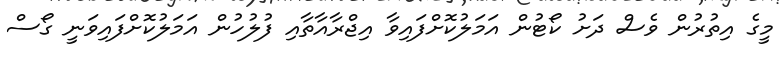
މީގެ އިތުރުން ވެސް ދަށު ކޯޓުން އަމަލުކޮށްފައިވާ އިޖްރާއާތާއި ފުލުހުން އަމަލުކޮށްފައިވަނީ ގޯސް